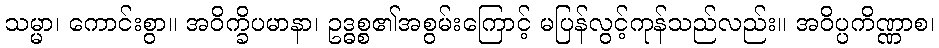
သမ္မာ၊ ကောင်းစွာ။ အဝိက္ခိပမာနာ၊ ဥဒ္ဓစ္စ၏အစွမ်းကြောင့် မပြန်လွင့်ကုန်သည်လည်း။ အဝိပ္ပကိဏ္ဏာစ၊